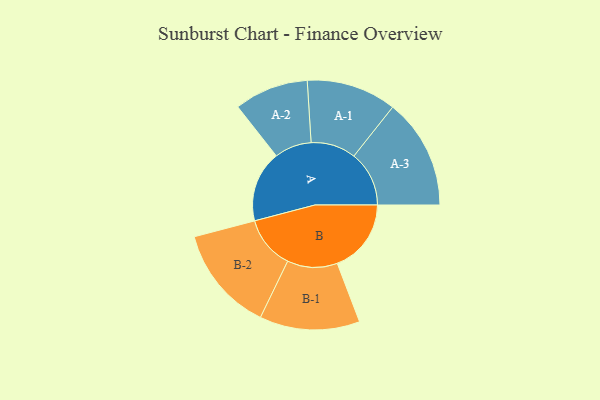
{"axis": {"x": "Segment", "y": "Value"}, "legend": ["", "A", "B"], "data": [{"x": "A", "y": 334, "type": ""}, {"x": "B", "y": 347, "type": ""}, {"x": "A-1", "y": 211, "type": "A"}, {"x": "A-2", "y": 174, "type": "A"}, {"x": "A-3", "y": 259, "type": "A"}, {"x": "B-1", "y": 235, "type": "B"}, {"x": "B-2", "y": 248, "type": "B"}]}